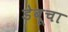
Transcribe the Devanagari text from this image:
डेबूचा